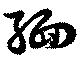
緬